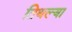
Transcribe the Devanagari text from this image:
तिथल्या